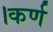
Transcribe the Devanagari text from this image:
।कर्ण